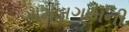
ગામડાગામની